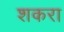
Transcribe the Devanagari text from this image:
शकरा